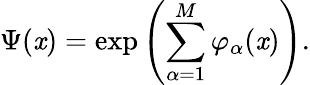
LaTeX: \Psi(\mathit{x})=\exp\left(\sum_{\alpha=1}^{M}\varphi_{\alpha}(\mathit{x})\right).